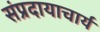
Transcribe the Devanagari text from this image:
संप्रदायाचार्य